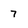
Character: 7